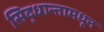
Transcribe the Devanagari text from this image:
सिद्धान्तामधून